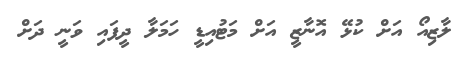
ލާޒިއޯ އަށް ކުޅޭ އޮނާޒީ އަށް މަޓުއިޑީ ހަމަލާ ދީފައި ވަނީ ދަށް